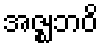
အဇ္ဈဘဝိ